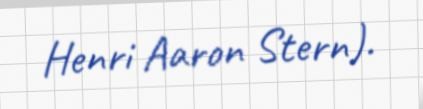
Henri Aaron Stern).